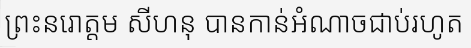
ព្រះនរោត្តម សីហនុ បានកាន់អំណាចជាប់រហូត